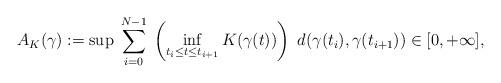
LaTeX: \begin{align*}A_K(\gamma):=\sup \;\sum_{i=0}^{N-1}\; \left(\inf\limits_{t_i\leq t\leq t_{i+1}} K(\gamma(t))\right)\ d(\gamma(t_i),\gamma(t_{i+1}))\in [0,+\infty],\end{align*}